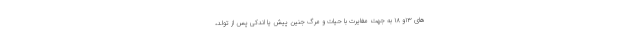
های ۱۳و ۱۸ به جهت مغایرت با حیات و مرگ جنین پیش یا اندکی پس از تولد،